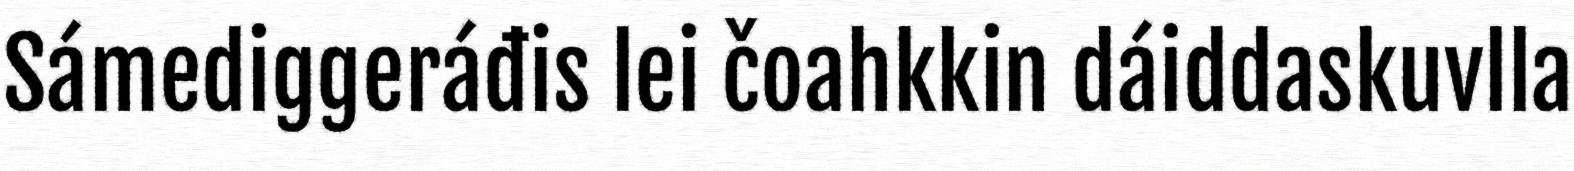
Sámediggeráđis lei čoahkkin dáiddaskuvlla